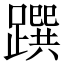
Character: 䠣